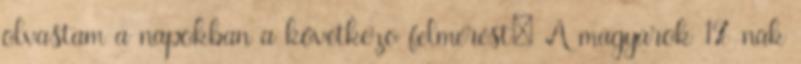
olvastam a napokban a következõ felmérést: A magyarok 1%-nak